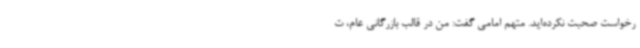
رخواست صحبت نکرده‌اید. متهم امامی گفت: من در قالب بازرگانی عام، ت